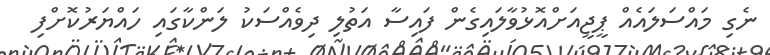
ނެގި މައްސަލައެއް ޕީޖީއަށްއޮޅުވާލައިގެން ފައިސާ އަތުލި ދިވެއްސަކު ލަންކާގައި ހައްޔަރުކޮށްފި